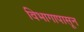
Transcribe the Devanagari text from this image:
विभागापासून